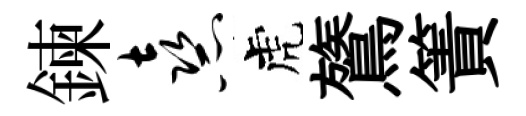
鍊熹虎鷟簀